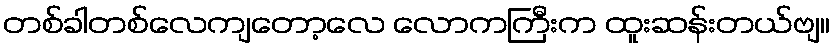
တစ်ခါတစ်လေကျတော့လေ လောကကြီးက ထူးဆန်းတယ်ဗျ။